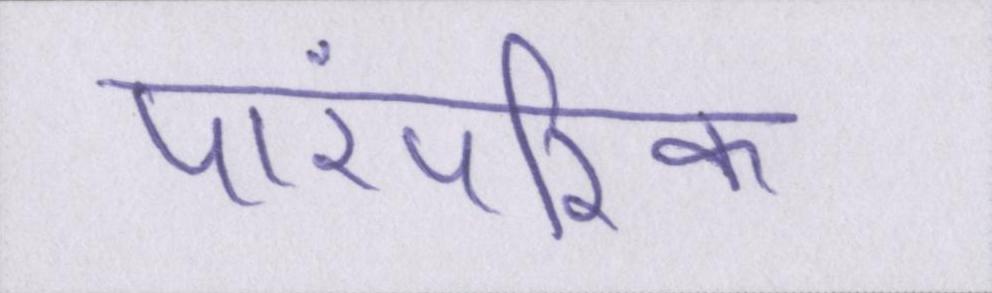
पारंपरिक